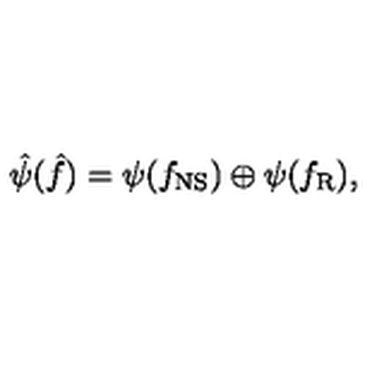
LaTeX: \hat { \psi } ( \hat { f } ) = \psi ( f _ { \mathrm { N S } } ) \oplus \psi ( f _ { \mathrm { R } } ) ,